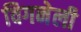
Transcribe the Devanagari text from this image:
विगनेली